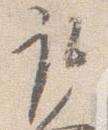
取